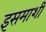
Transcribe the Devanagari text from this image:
इसमाशी